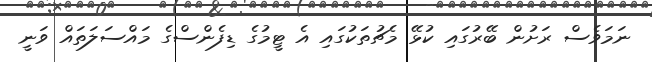
ނަމަވެސް ރަށުން ބޭރުގައި ކުޅޭ މެޗުތަކުގައި އެ ޓީމުގެ ޑިފެންސްގެ މައްސަލަތައް ވަނީ